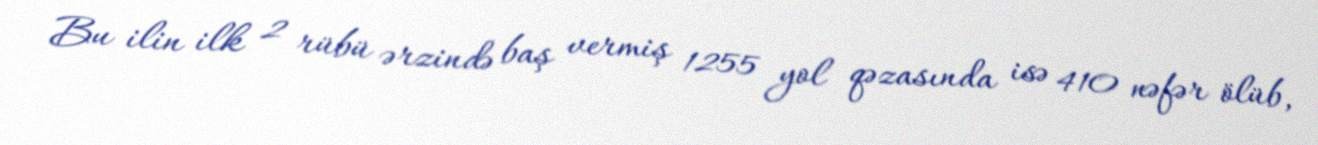
Bu ilin ilk 2 rübü ərzində baş vermiş 1255 yol qəzasında isə 410 nəfər ölüb,